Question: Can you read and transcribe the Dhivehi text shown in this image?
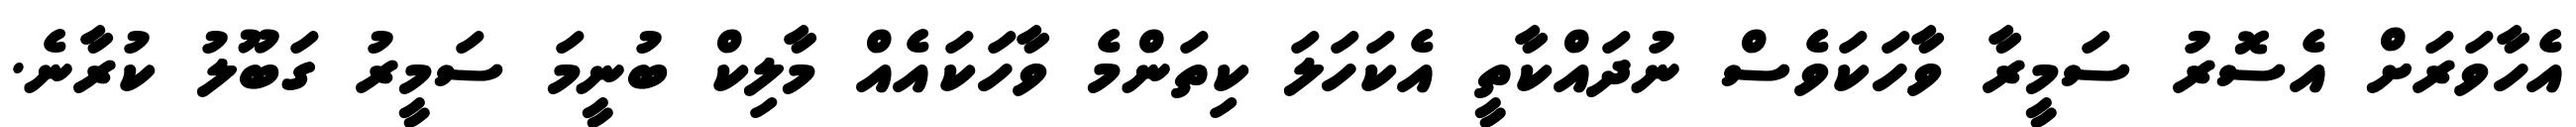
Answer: އެހާވަރަށް އެސޮރު ސަމީރާ ވާހަކަވެސް ނުދައްކާތީ އެކަހަލަ ކިތަންމެ ވާހަކައެއް މާލިކް ބުނީމަ ސަމީރު ގަބޫލު ކުރާނެ.